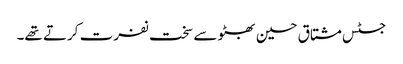
جسٹس مشتاق حسین بھٹو سے سخت نفرت کرتے تھے۔